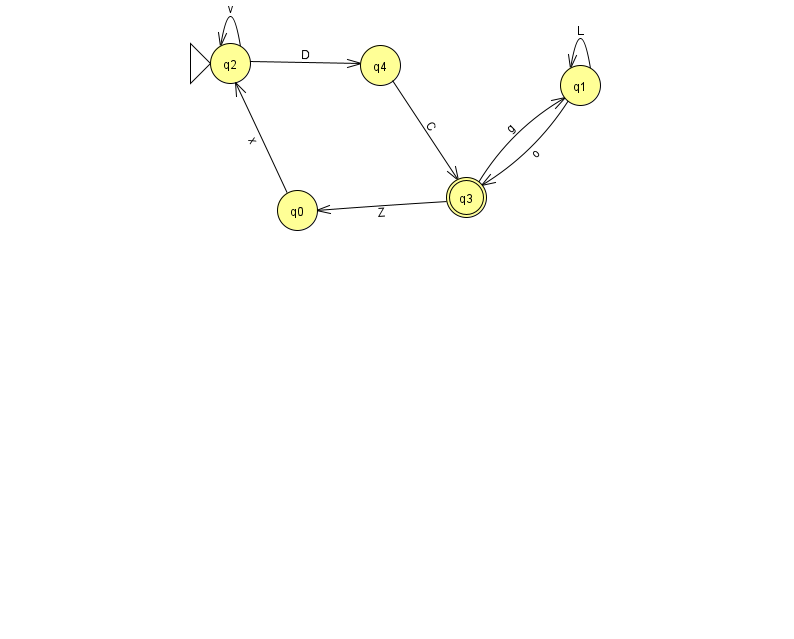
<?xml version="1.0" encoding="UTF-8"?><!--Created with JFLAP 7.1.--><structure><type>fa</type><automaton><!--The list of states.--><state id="0" name="q0"><x>297.0</x><y>197.0</y></state><state id="1" name="q1"><x>580.0</x><y>72.0</y></state><state id="2" name="q2"><x>230.0</x><y>50.0</y><initial/></state><state id="3" name="q3"><x>466.0</x><y>184.0</y><final/></state><state id="4" name="q4"><x>380.0</x><y>52.0</y></state><!--The list of transitions.--><transition><from>3</from><to>1</to><read>g</read></transition><transition><from>2</from><to>2</to><read>v</read></transition><transition><from>2</from><to>4</to><read>D</read></transition><transition><from>0</from><to>2</to><read>x</read></transition><transition><from>1</from><to>3</to><read>o</read></transition><transition><from>4</from><to>3</to><read>C</read></transition><transition><from>1</from><to>1</to><read>L</read></transition><transition><from>3</from><to>0</to><read>Z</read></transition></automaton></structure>